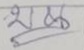
บน